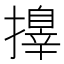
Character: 𢶓